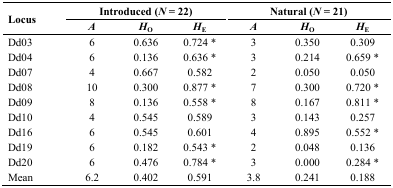
<table><thead><tr><td rowspan="3"><b>Locus</b></td><td colspan="3"><b>Introduced (<i>N</i> = 22)</b></td><td colspan="3"><b>Natural (<i>N</i> = 21)</b></td></tr><tr><td><b><i>A</i></b></td><td><b><i>H</i><sub>O</sub></b></td><td><b><i>H</i><sub>E</sub></b></td><td><b><i>A</i></b></td><td><b><i>H</i><sub>O</sub></b></td><td><b><i>H</i><sub>E</sub></b></td></tr></thead><tbody><tr><td>Dd03</td><td>6</td><td>0.636</td><td>0.724*</td><td>3</td><td>0.350</td><td>0.309</td></tr><tr><td>Dd04</td><td>6</td><td>0.136</td><td>0.636*</td><td>3</td><td>0.214</td><td>0.659*</td></tr><tr><td>Dd07</td><td>4</td><td>0.667</td><td>0.582</td><td>2</td><td>0.050</td><td>0.050</td></tr><tr><td>Dd08</td><td>10</td><td>0.300</td><td>0.877*</td><td>7</td><td>0.300</td><td>0.720*</td></tr><tr><td>Dd09</td><td>8</td><td>0.136</td><td>0.558*</td><td>8</td><td>0.167</td><td>0.811*</td></tr><tr><td>Dd10</td><td>4</td><td>0.545</td><td>0.589</td><td>3</td><td>0.143</td><td>0.257</td></tr><tr><td>Dd16</td><td>6</td><td>0.545</td><td>0.601</td><td>4</td><td>0.895</td><td>0.552*</td></tr><tr><td>Dd19</td><td>6</td><td>0.182</td><td>0.543*</td><td>2</td><td>0.048</td><td>0.136</td></tr><tr><td>Dd20</td><td>6</td><td>0.476</td><td>0.784*</td><td>3</td><td>0.000</td><td>0.284*</td></tr><tr><td>Mean</td><td>6.2</td><td>0.402</td><td>0.591</td><td>3.8</td><td>0.241</td><td>0.188</td></tr></tbody></table>